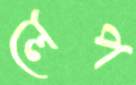
লেপ